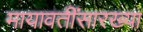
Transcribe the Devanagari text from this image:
मायावतींसारख्या